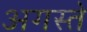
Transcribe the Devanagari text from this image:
अगस्ते